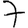
Digit: 7